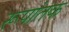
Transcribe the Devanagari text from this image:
रूपांतक